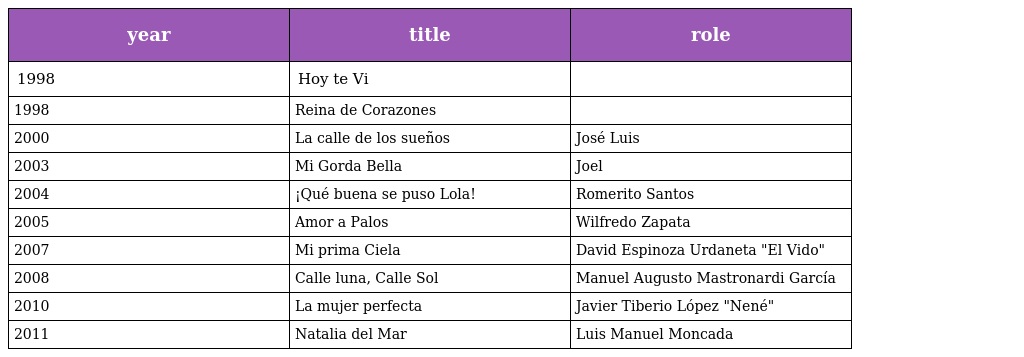
| year | title | role |
 | --- | --- | --- |
 | 1998 | Hoy te Vi |  |
 | 1998 | Reina de Corazones |  |
 | 2000 | La calle de los sueños | José Luis |
 | 2003 | Mi Gorda Bella | Joel |
 | 2004 | ¡Qué buena se puso Lola! | Romerito Santos |
 | 2005 | Amor a Palos | Wilfredo Zapata |
 | 2007 | Mi prima Ciela | David Espinoza Urdaneta "El Vido" |
 | 2008 | Calle luna, Calle Sol | Manuel Augusto Mastronardi García |
 | 2010 | La mujer perfecta | Javier Tiberio López "Nené" |
 | 2011 | Natalia del Mar | Luis Manuel Moncada |